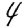
Digit: 4